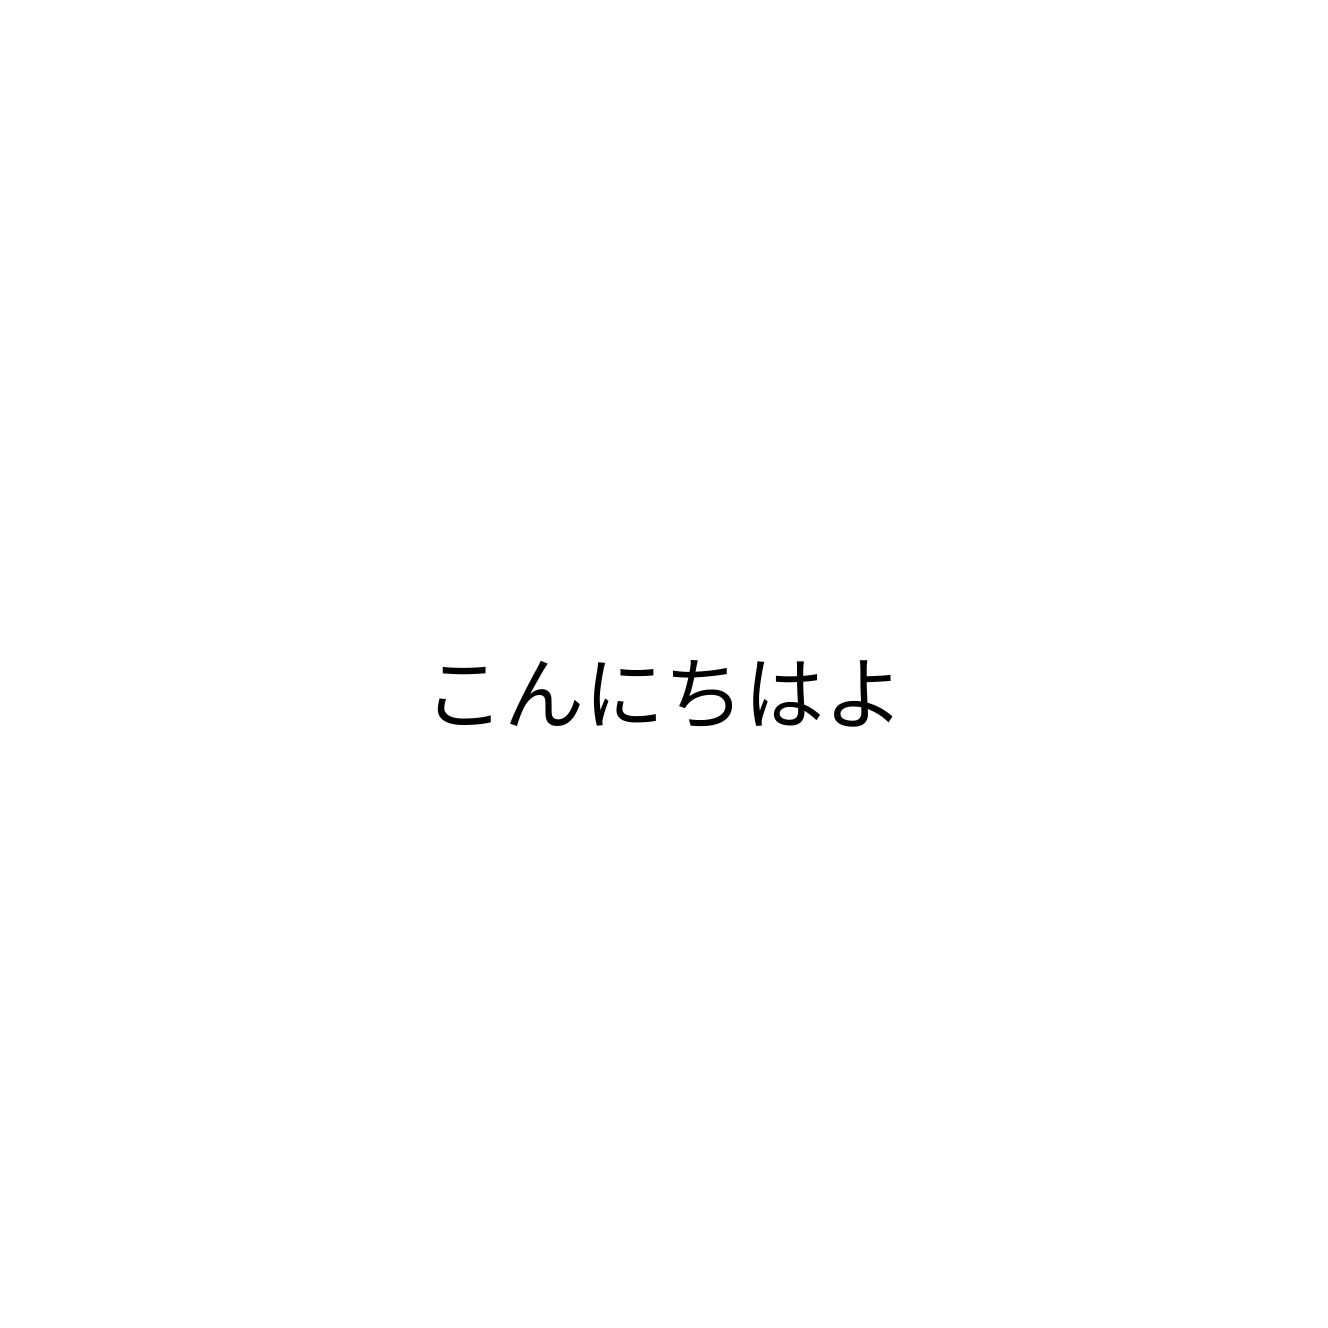
こんにちはよ